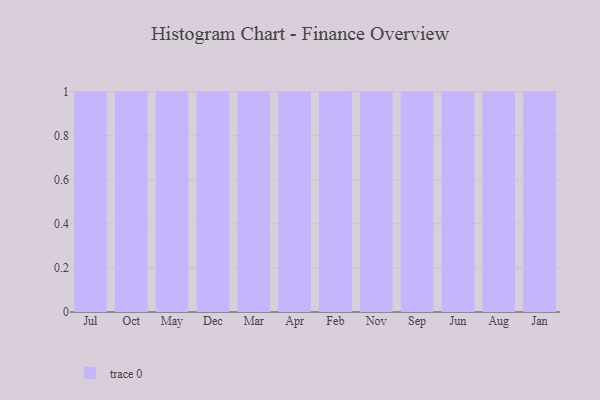
{"axis": {"x": "Month", "y": "Waste Production (Tons)"}, "legend": [""], "data": [{"x": "Jul", "y": 34, "type": ""}, {"x": "Oct", "y": 99, "type": ""}, {"x": "May", "y": 70, "type": ""}, {"x": "Dec", "y": 75, "type": ""}, {"x": "Mar", "y": 59, "type": ""}, {"x": "Apr", "y": 56, "type": ""}, {"x": "Feb", "y": 81, "type": ""}, {"x": "Nov", "y": 29, "type": ""}, {"x": "Sep", "y": 59, "type": ""}, {"x": "Jun", "y": 11, "type": ""}, {"x": "Aug", "y": 53, "type": ""}, {"x": "Jan", "y": 81, "type": ""}]}